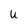
Character: U